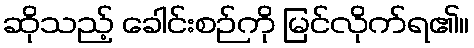
ဆိုသည့် ခေါင်းစဉ်ကို မြင်လိုက်ရ၏။